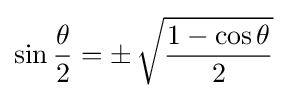
\sin {\frac {\theta }{2}}=\pm \,{\sqrt {\frac {1-\cos \theta }{2}}}